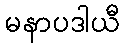
မနာပဒါယီ